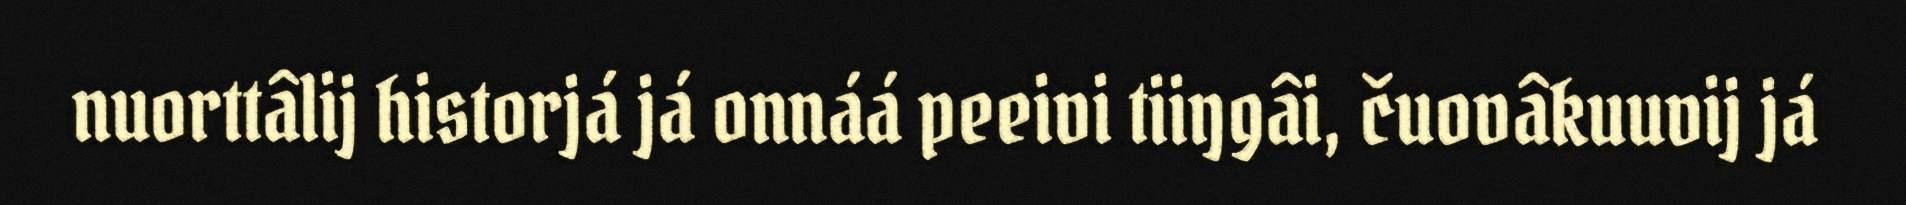
nuorttâlij historjá já onnáá peeivi tiiŋgâi, čuovâkuuvij já